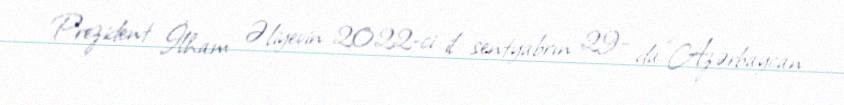
Prezident İlham Əliyevin 2022-ci il sentyabrın 29- da “Azərbaycan